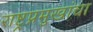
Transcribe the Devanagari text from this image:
राष्ट्रप्रमुखांचा